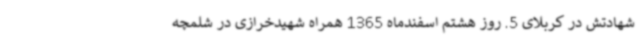
شهادتش در کربلای 5. روز هشتم اسفندماه 1365 همراه شهیدخرازی در شلمچه